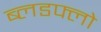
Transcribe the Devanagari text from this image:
ब्लडफ्लो